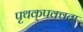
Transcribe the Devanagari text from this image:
पृथक्‌पक्वता